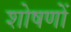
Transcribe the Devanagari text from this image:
शोषणों